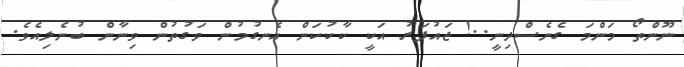
ނޫންތޯ މަންމަ ގެނެސްދިނީ..! ޖައުފަރު އަކީ ކާކުކަން އެނގުމުން ވަގުތުން ވިނާން ބުނެލިއެވެ.